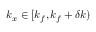
k _ { x } \in [ k _ { f } , k _ { f } + \delta k )